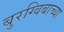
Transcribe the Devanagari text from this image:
बुरग्विबाच्या